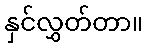
နှင်လွှတ်တာ။